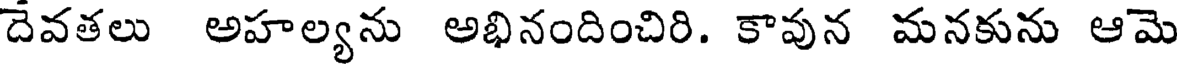
దేవతలు అహల్యను అభినందించిరి. కావున మనకును ఆమె